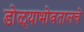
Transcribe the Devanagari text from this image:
डोळ्याभोवतालचे